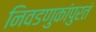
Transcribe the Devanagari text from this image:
निवडणुकांपुरतं